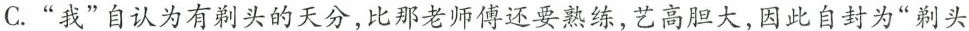
C.”我”自认为有剃头的天分，比那老师傅还要熟练，艺高胆大，因此自封为”剃头